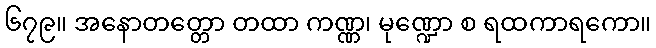
၆၇၉။ အနောတတ္တော တထာ ကဏ္ဏ၊ မုဏ္ဍော စ ရထကာရကော။